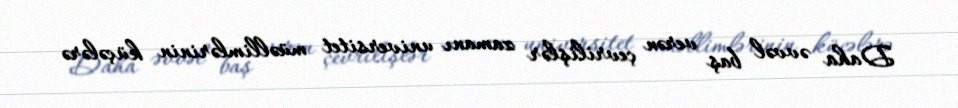
Daha əvvəl baş verən çevrilişlər zamanı universitet müəllimlərinin küçələrə